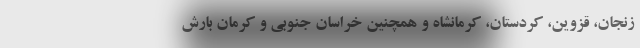
زنجان، قزوین، کردستان، کرمانشاه و همچنین خراسان جنوبی و کرمان بارش